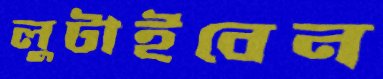
লুটাইবেন